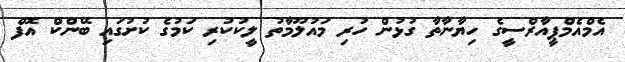
އެމްއެމްޕީއާރްސީގެ ހިޔާނާތާ ގުޅުން ހުރި މައުލޫމާތު ލީކުކުރި ކަމުގެ ކުށުގައި ބޭންކް އޮފް